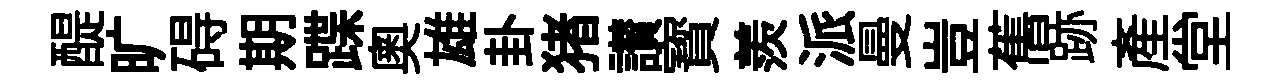
醍旷碍期蹀奧雄卦猪讃寳羨派曼豈𦾔跡産堂